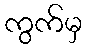
ကွက်မှ